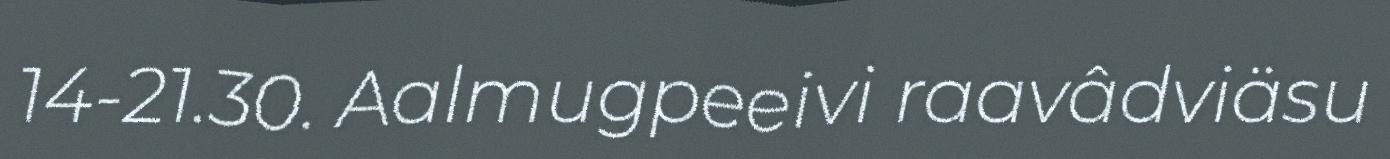
14-21.30. Aalmugpeeivi raavâdviäsu